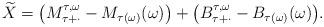
LaTeX: \begin{align*} \widetilde{X} = \big(M^{\tau,\omega}_{\tau +\cdot}-M_{\tau(\omega)}(\omega) \big) + \big(B^{\tau,\omega}_{\tau+ \cdot}-B_{\tau(\omega)}(\omega)\big). \end{align*}